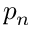
p _ { n }